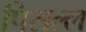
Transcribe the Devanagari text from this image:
पिसल्ल